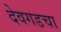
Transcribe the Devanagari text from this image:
देवगडचा